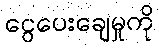
ငွေပေးချေမှုကို